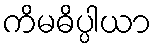
ကိမဓိပ္ပါယာ